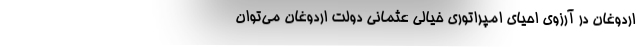
اردوغان در آرزوی احیای امپراتوری خیالی عثمانی دولت اردوغان می­توان